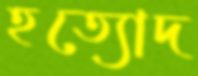
হত্যোদ